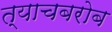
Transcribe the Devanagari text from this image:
त्याचबरोब